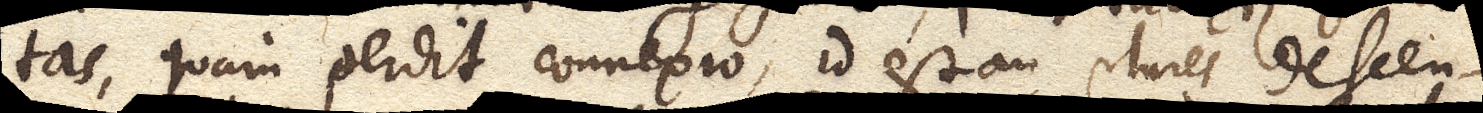
tas, quam perdit connexio, id est an plures descen